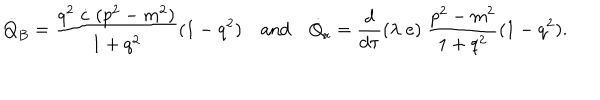
LaTeX: \dot { Q } _ { B } = \frac { q ^ { 2 } \; \dot { c } \; ( p ^ { 2 } - m ^ { 2 } ) } { 1 + q ^ { 2 } } ( 1 - q ^ { 2 } ) \quad \mathrm { a n d } \quad \dot { Q } _ { r } = \frac { d } { d \tau } ( \lambda \; e ) \; \frac { p ^ { 2 } - m ^ { 2 } } { 1 + q ^ { 2 } } ( 1 - q ^ { 2 } ) .